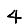
Digit: 4